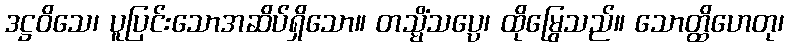
ဒဋ္ဌဝိသေ၊ ပူပြင်းသောအဆိပ်ရှိသော။ တသ္မိံသပ္ပေ၊ ထိုမြွေသည်။ သောတ္ထိဟေတု၊